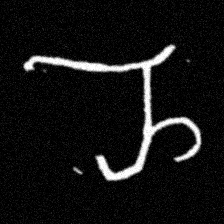
Pyu character \u2014 Myanmar letter: ည (romanized: nya)